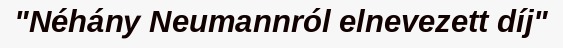
"Néhány Neumannról elnevezett díj"